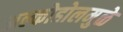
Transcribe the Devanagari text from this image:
अल्कोहोलमुळे